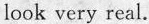
look very real.